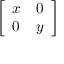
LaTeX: \left[ { \begin{array} { l l } { x } & { 0 } \\ { 0 } & { y } \end{array} } \right]